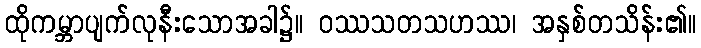
ထိုကမ္ဘာပျက်လုနီးသောအခါ၌။ ဝဿသတသဟဿ၊ အနှစ်တသိန်း၏။